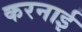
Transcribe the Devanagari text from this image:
करनाई